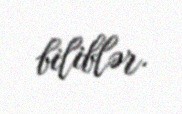
biliblər.